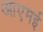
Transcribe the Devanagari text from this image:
आएमई